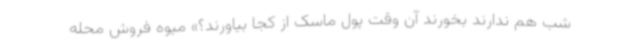
شب هم ندارند بخورند آن وقت پول ماسک از کجا بیاورند؟» میوه فروش محله